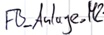
Text: FB_Anlage_M2